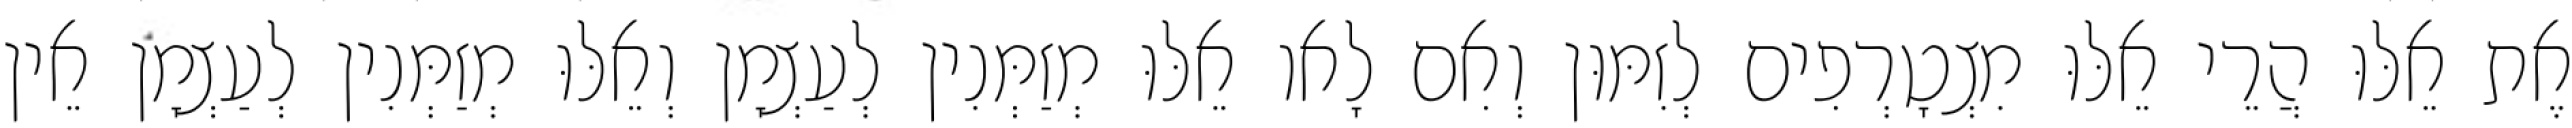
אֶת אֵלּוּ הֲרֵי אֵלּוּ מִצְטָרְפִים לְזִמּוּן וְאִם לָאו אֵלּוּ מְזַמְּנִין לְעַצְמָן וְאֵלּוּ מְזַמְּנִין לְעַצְמָן אֵין